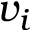
v _ { i }